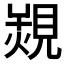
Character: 𧡠